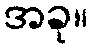
အခု။